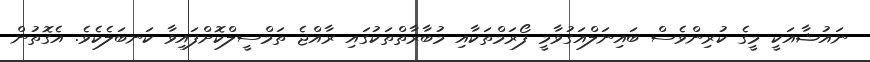
ނައުޝާއަކީ މީގެ ކުރިންވެސް ބައިނަލްއަގުވާމީ ފޯރަމްތަކާއި މުބާރާތްތަކުގައި ރާއްޖެ ތަމްސީލްކޮށްފައިވާ ކަނބަލެކެވެ. އެގޮތުން